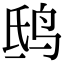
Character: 鸱